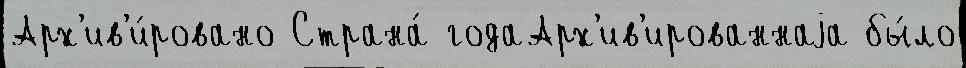
Арх'ив'и́ровано Страна́ годаАрх'ив'ированнаjа бы́ло